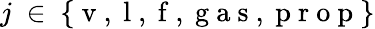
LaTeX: j~\in~\{ \mathrm{~v~,~l~,~f~,~g~a~s~,~p~r~o~p~}\}